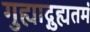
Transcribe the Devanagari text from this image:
गुह्याद्गुह्यतमं